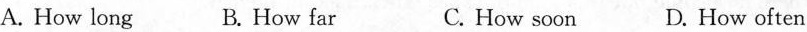
A. How long B. How far C.How soon D. How often